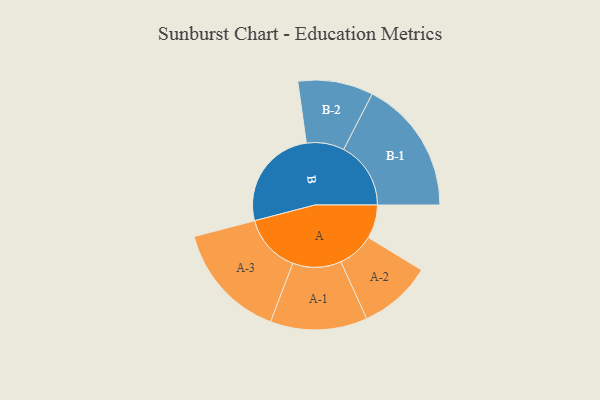
{"axis": {"x": "Segment", "y": "Value"}, "legend": ["", "A", "B"], "data": [{"x": "A", "y": 149, "type": ""}, {"x": "B", "y": 459, "type": ""}, {"x": "A-1", "y": 215, "type": "A"}, {"x": "A-2", "y": 162, "type": "A"}, {"x": "A-3", "y": 259, "type": "A"}, {"x": "B-1", "y": 298, "type": "B"}, {"x": "B-2", "y": 167, "type": "B"}]}